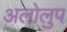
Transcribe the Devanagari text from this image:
अलोलुप